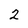
Character: 2